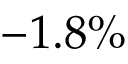
- 1 . 8 \%